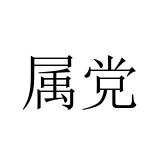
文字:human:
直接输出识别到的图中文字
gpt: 属党